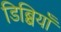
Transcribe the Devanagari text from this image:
डिब्बियाँ